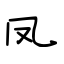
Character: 凤